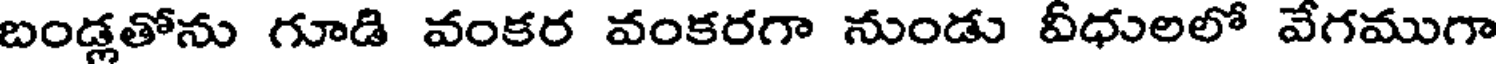
బండ్లతోను గూడి వంకర వంకరగా నుండు వీధులలో వేగముగా